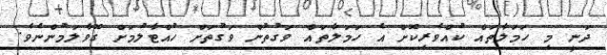
ދަނީ މި ހަމަލާތައް ކުއްވެރިކޮށް އެ ހަމަލާތައް ވަގުތުން ވަގުތަށް ހުއްޓާލުމަށް ގޮވާލަމުންނެވެ.